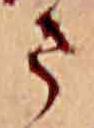
ま